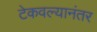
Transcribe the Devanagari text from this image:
टेकवल्यानंतर